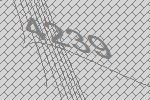
4239